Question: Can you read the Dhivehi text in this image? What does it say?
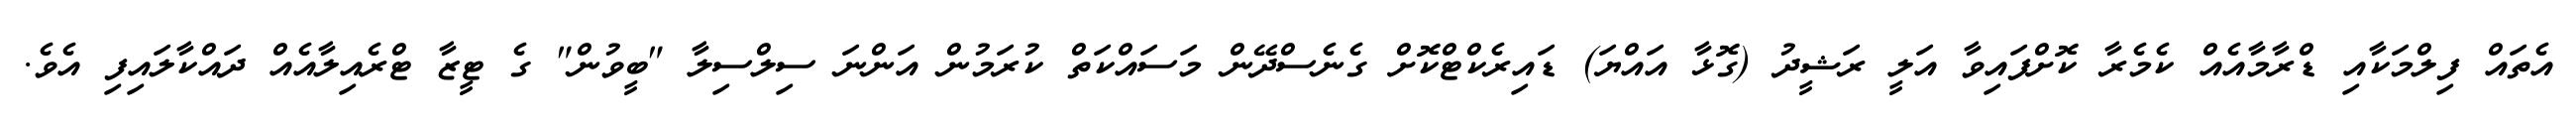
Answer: އެތައް ފިލްމަކާއި ޑްރާމާއެއް ކެމެރާ ކޮށްފައިވާ އަލީ ރަޝީދު (ގޮޅާ އައްޔަ) ޑައިރެކްޓްކޮށް ގެނެސްދޭން މަސައްކަތް ކުރަމުން އަންނަ ސިލްސިލާ "ބީވުން" ގެ ޓީޒާ ޓްރެއިލާއެއް ދައްކާލައިފި އެވެ.